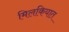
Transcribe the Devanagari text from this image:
मिलकियात